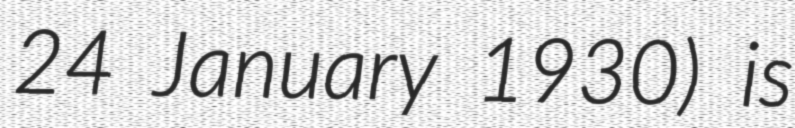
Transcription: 24 January 1930) is